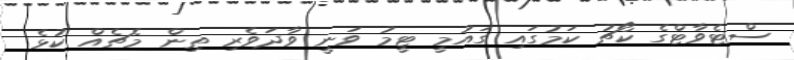
ސްޓެވާޓްގެ ކޯޗު ކަމުގައި ގައުމީ ޓީމު ވަނީ ވާދަވެރި ތިން މެޗެއް ކުޅެ